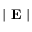
\mid \mathbf { E } \mid